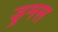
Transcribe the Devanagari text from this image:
ड्रमस